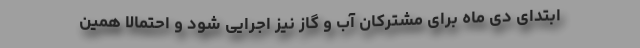
ابتدای دی ماه برای مشترکان آب و گاز نیز اجرایی شود و احتمالا همین